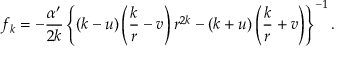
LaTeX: f _ { k } = - \frac { \alpha ^ { \prime } } { 2 k } \left\{ ( k - u ) \left( \frac k r - v \right) r ^ { 2 k } - ( k + u ) \left( \frac k r + v \right) \right\} ^ { - 1 } .